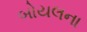
બોયલના